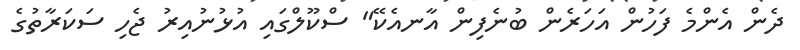
ދެން އެންމެ ފަހުން އަހަރެން ބުނެފިން އާނއެކޭ" ސްކޫލްގައި އުޅުނުއިރު ޖެހި ސަކަރާތުގެ